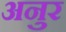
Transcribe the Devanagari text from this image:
अनुर